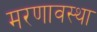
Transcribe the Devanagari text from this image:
मरणावस्था